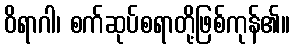
ဝိရာဂါ၊ စက်ဆုပ်စရာတို့ဖြစ်ကုန်၏။